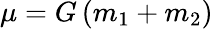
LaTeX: \mu=G\left(m_{1}+m_{2}\right)